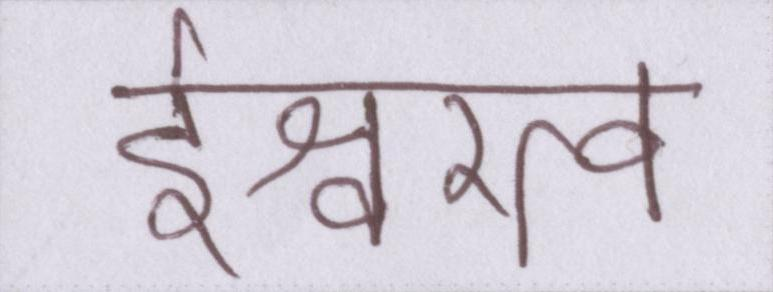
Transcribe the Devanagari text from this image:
ईश्वरत्व